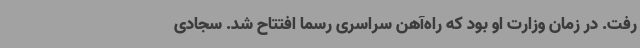
رفت. در زمان وزارت او بود که راه‌آهن سراسری رسما افتتاح شد. سجادی